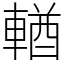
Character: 輶